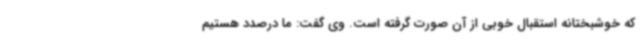
که خوشبختانه استقبال خوبی از آن صورت گرفته است. وی گفت: ما درصدد هستیم